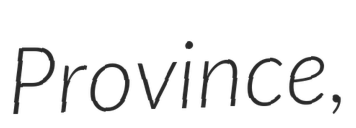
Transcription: Province,